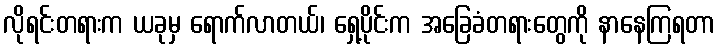
လိုရင်းတရားက ယခုမှ ရောက်လာတယ်၊ ရှေ့ပိုင်းက အခြေခံတရားတွေကို နာနေကြရတာ